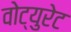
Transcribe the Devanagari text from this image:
वोट्युरेट